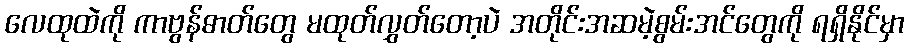
လေထုထဲကို ကာဗွန်ဓာတ်တွေ မထုတ်လွှတ်တော့ပဲ အတိုင်းအဆမဲ့စွမ်းအင်တွေကို ရရှိနိုင်မှာ